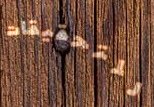
للتحقيقات